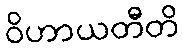
ဝိဟာယတီတိ